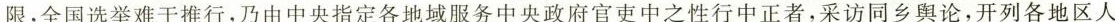
限，全国选举难于推行，乃由中央指定各地域服务中央政府官吏中之性行中正者，采访同乡舆论，开列各地区人